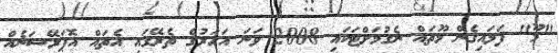
"މޫ" ފަޅައިގެން މޫތައް ނެގުމަށްޓަކައި 2008 ވަނަ އަހަރުގެ ތެރޭގައި އެތައް އޮޕަރޭޝަނެއް